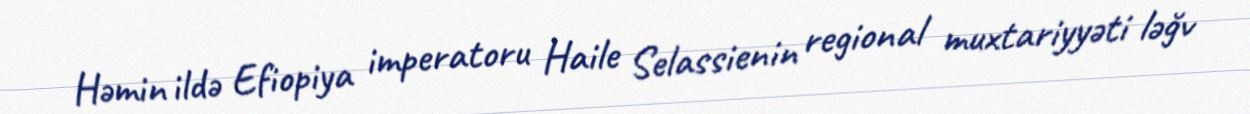
Həmin ildə Efiopiya imperatoru Haile Selassienin regional muxtariyyəti ləğv